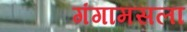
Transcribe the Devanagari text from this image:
गंगामसला